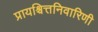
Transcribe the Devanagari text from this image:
प्रायश्चित्तनिवारिणी